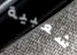
شعبية